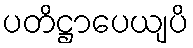
ပတိဋ္ဌာပေယျပိ